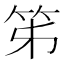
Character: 笫